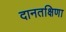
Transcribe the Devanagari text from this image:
दानतक्षिणा